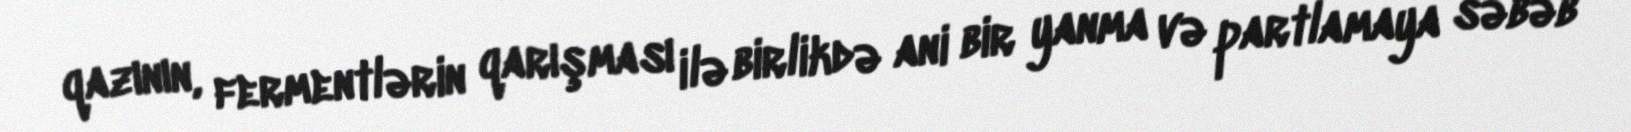
qazının, fermentlərin qarışması ilə birlikdə ani bir yanma və partlamaya səbəb